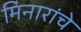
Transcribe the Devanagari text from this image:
मिनारांचे